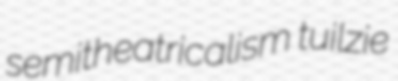
semitheatricalism tuilzie